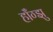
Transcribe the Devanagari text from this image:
हॉँग्झु